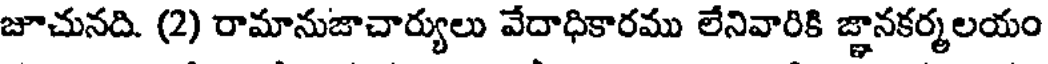
జూచునది. (2) రామానుజాచార్యులు వేదాధికారము లేనివారికి జ్ఞానకర్మలయం